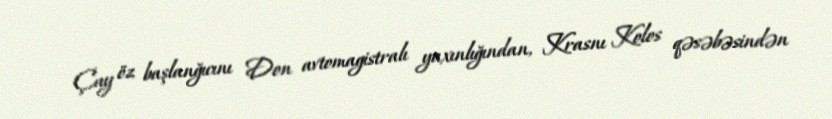
Çay öz başlanğıcını Don avtomagistralı yaxınlığından, Krasnı Kolos qəsəbəsindən